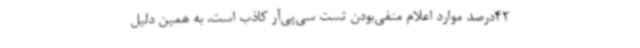
42‌درصد موارد اعلام منفی‌بودن تست سی‌پی‌آر کاذب است، به همین دلیل